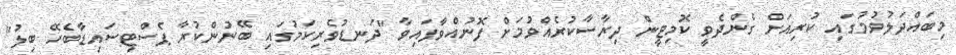
މިބައްދަލުވުމުގައި ކުރިއަށް ގެންދެވީ ކޮމިޓީން ދިރާސާކުރެއްވުމަށް ފޮނުއްވާފައިވާ "ދަނޑުވެރިކަމުގައި ބޭނުންކުރާ ޕެސްޓިސައިޑާބެހޭ ބިލު"